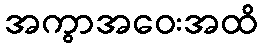
အကွာအဝေးအထိ